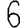
Digit: 6